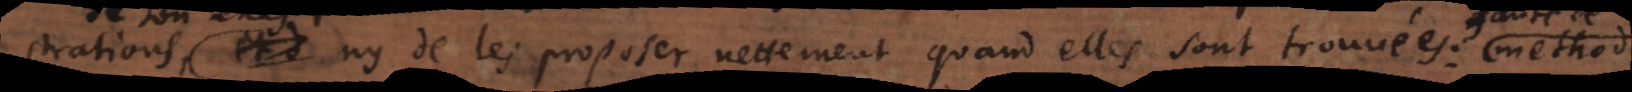
strations, ny de les proposer nettement quand elles sont trouvées: methode